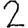
Digit: 2